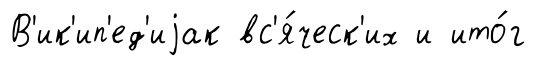
В'ик'ип'ед'иjак вс'я́ческ'их и ито́г